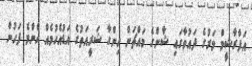
އަފްރާޝީމް މަރުގެ ދައުވާގައި ޝާންގެ މައްޗަށް ހިންގާ ޝަރީއަތުގެ އަޑުއެހުމެއް އެންމެ ފަހުން